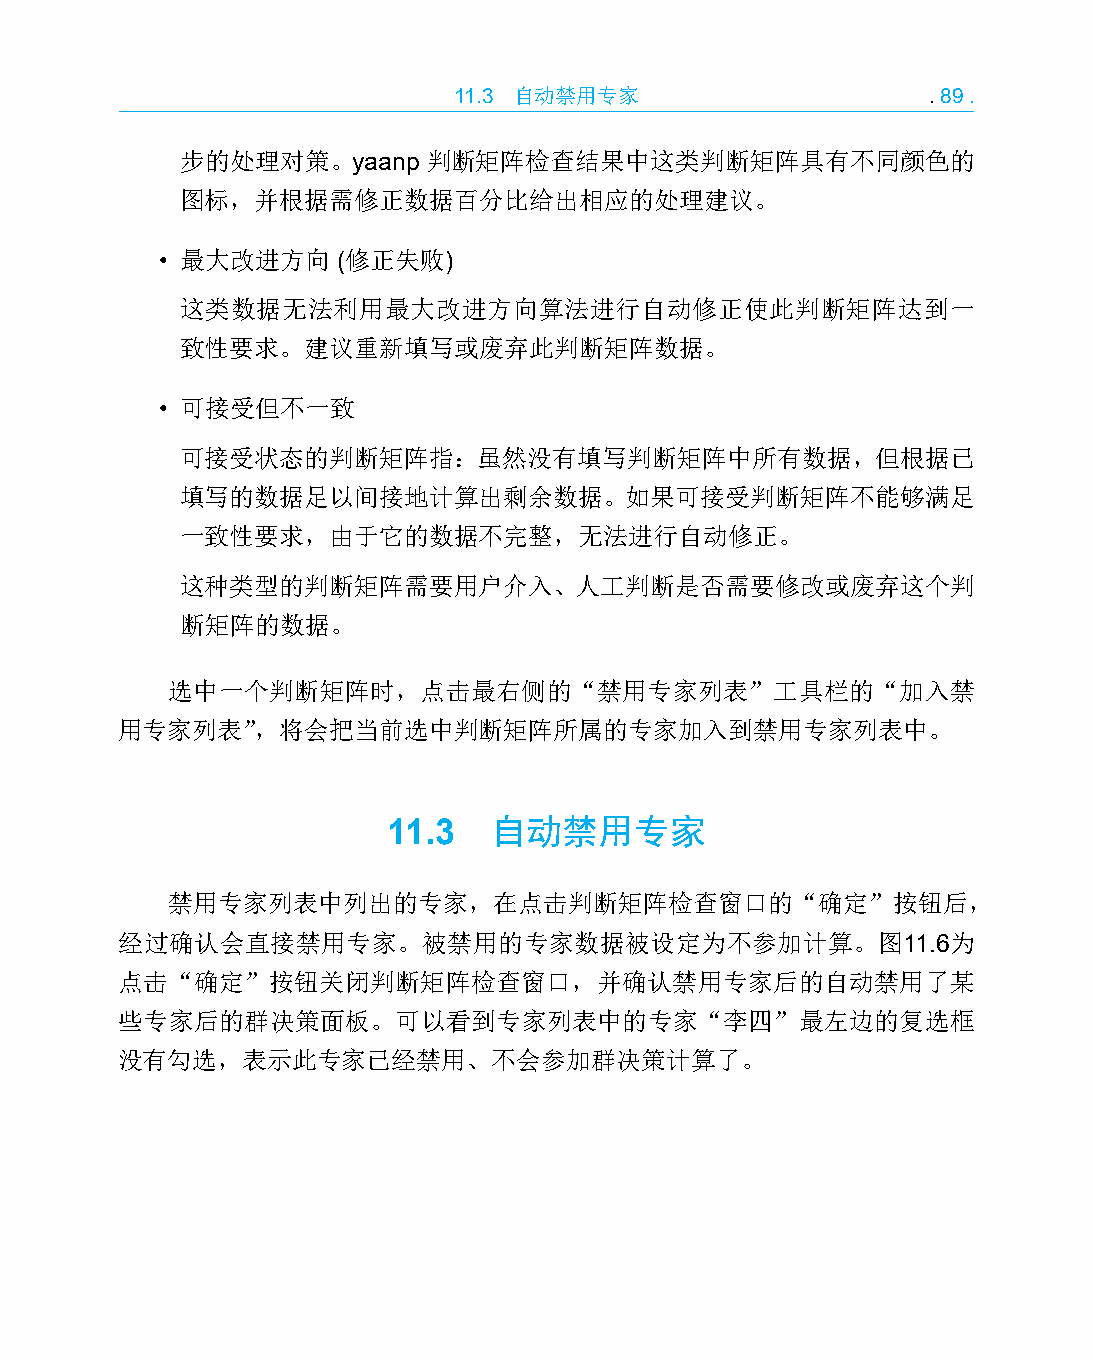
11.3 自动禁用专家                    .89.
 步的处理对策。yaanp    判断矩阵检查结果中这类判断矩阵具有不同颜色的
 图标，并根据需修正数据百分比给出相应的处理建议。
 • 最大改进方向   (修正失败)
 这类数据无法利用最大改进方向算法进行自动修正使此判断矩阵达到一
 致性要求。建议重新填写或废弃此判断矩阵数据。
 • 可接受但不一致
 可接受状态的判断矩阵指：虽然没有填写判断矩阵中所有数据，但根据已
 填写的数据足以间接地计算出剩余数据。如果可接受判断矩阵不能够满足
 一致性要求，由于它的数据不完整，无法进行自动修正。
 这种类型的判断矩阵需要用户介入、人工判断是否需要修改或废弃这个判
 断矩阵的数据。
 选中一个判断矩阵时，点击最右侧的“禁用专家列表”工具栏的“加入禁
 用专家列表”，将会把当前选中判断矩阵所属的专家加入到禁用专家列表中。
 11.3  自动禁用专家
 禁用专家列表中列出的专家，在点击判断矩阵检查窗口的“确定”按钮后，
 经过确认会直接禁用专家。被禁用的专家数据被设定为不参加计算。图11.6为
 点击“确定”按钮关闭判断矩阵检查窗口，并确认禁用专家后的自动禁用了某
 些专家后的群决策面板。可以看到专家列表中的专家“李四”最左边的复选框
 没有勾选，表示此专家已经禁用、不会参加群决策计算了。